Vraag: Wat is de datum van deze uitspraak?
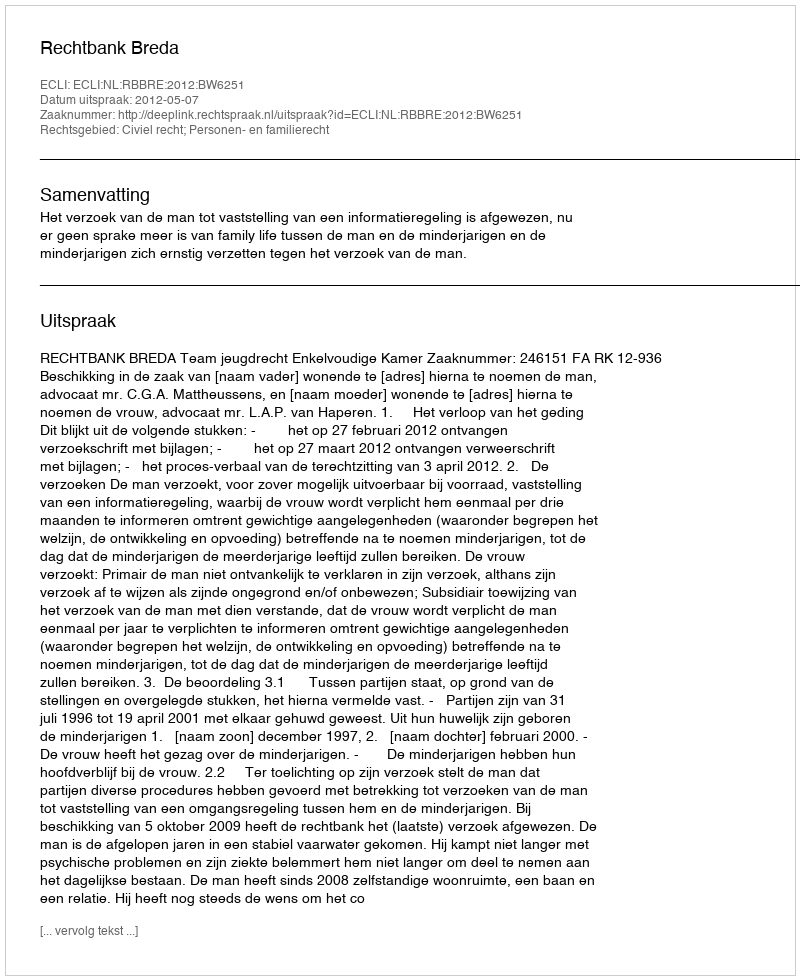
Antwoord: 2012-05-07